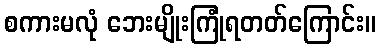
စကားမလုံ ဘေးမျိုးကြုံရတတ်ကြောင်း။